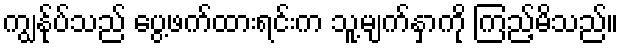
ကျွန်ုပ်သည် ပွေ့ဖက်ထားရင်းက သူ့မျက်နှာကို ကြည့်မိသည်။